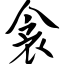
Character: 衾